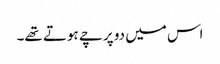
اس میں دو پرچے ہوتے تھے۔